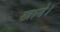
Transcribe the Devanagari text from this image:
खाने।